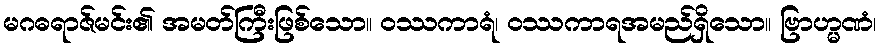
မဂဓရာဇ်မင်း၏ အမတ်ကြီးဖြစ်သော။ ဝဿကာရံ၊ ဝဿကာရအမည်ရှိသော။ ဗြာဟ္မဏံ၊